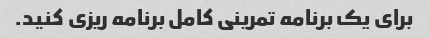
برای یک برنامه تمرینی کامل برنامه ریزی کنید.